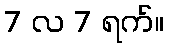
7 လ 7 ရက်။